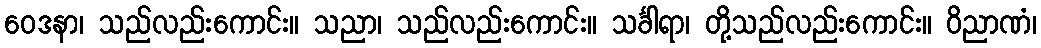
ဝေဒနာ၊ သည်လည်းကောင်း။ သညာ၊ သည်လည်းကောင်း။ သင်္ခါရာ၊ တို့သည်လည်းကောင်း။ ဝိညာဏံ၊